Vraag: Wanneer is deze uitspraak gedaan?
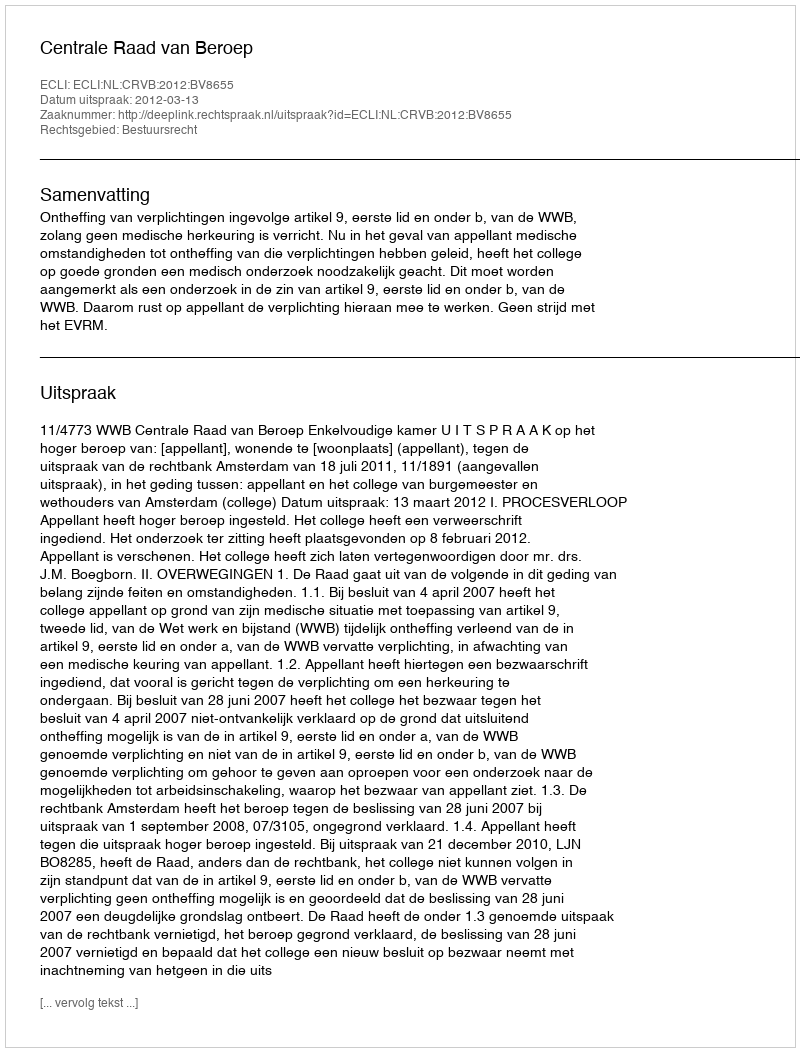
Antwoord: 2012-03-13